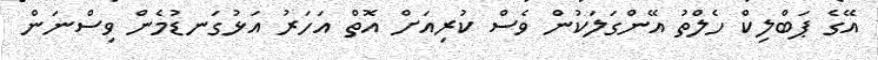
އޭގެ ޕަބްލިކް ހެލްތު އޭންގަލަކުން ވެސް ކުރިއަށް އޮތް އަހަރު އަޅުގަނޑުމެން ވިސްނަން